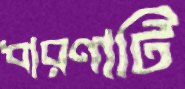
ধারণাটি